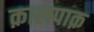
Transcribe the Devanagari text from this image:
क़ालपाक़